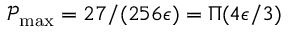
\mathcal { P } _ { \operatorname* { m a x } } = 2 7 / ( 2 5 6 \epsilon ) = \Pi ( 4 \epsilon / 3 )